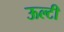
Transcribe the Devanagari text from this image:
ऊल्टी